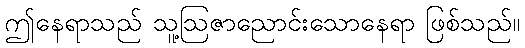
ဤနေရာသည် သူ့ဩဇာညောင်းသောနေရာ ဖြစ်သည်။